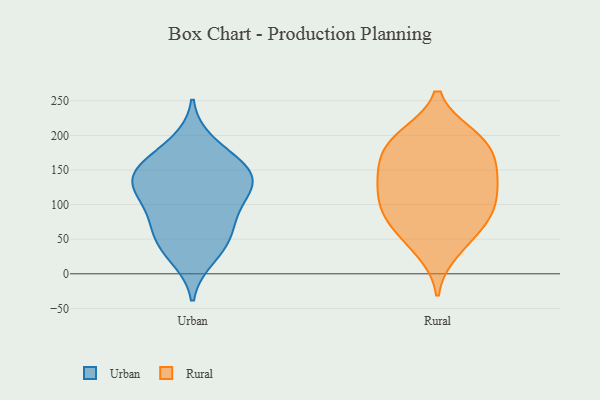
{"axis": {"x": "Humidity (%)", "y": "Value"}, "legend": ["Rural", "Urban"], "data": [{"x": "", "y": 140, "type": "Urban"}, {"x": "", "y": 122, "type": "Urban"}, {"x": "", "y": 24, "type": "Urban"}, {"x": "", "y": 163, "type": "Urban"}, {"x": "", "y": 101, "type": "Urban"}, {"x": "", "y": 127, "type": "Urban"}, {"x": "", "y": 44, "type": "Urban"}, {"x": "", "y": 77, "type": "Urban"}, {"x": "", "y": 148, "type": "Urban"}, {"x": "", "y": 127, "type": "Urban"}, {"x": "", "y": 189, "type": "Urban"}, {"x": "", "y": 155, "type": "Urban"}, {"x": "", "y": 74, "type": "Urban"}, {"x": "", "y": 46, "type": "Urban"}, {"x": "", "y": 146, "type": "Rural"}, {"x": "", "y": 186, "type": "Rural"}, {"x": "", "y": 102, "type": "Rural"}, {"x": "", "y": 162, "type": "Rural"}, {"x": "", "y": 78, "type": "Rural"}, {"x": "", "y": 33, "type": "Rural"}, {"x": "", "y": 193, "type": "Rural"}, {"x": "", "y": 147, "type": "Rural"}, {"x": "", "y": 195, "type": "Rural"}, {"x": "", "y": 93, "type": "Rural"}, {"x": "", "y": 121, "type": "Rural"}, {"x": "", "y": 199, "type": "Rural"}, {"x": "", "y": 72, "type": "Rural"}, {"x": "", "y": 53, "type": "Rural"}, {"x": "", "y": 142, "type": "Rural"}, {"x": "", "y": 106, "type": "Rural"}]}